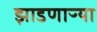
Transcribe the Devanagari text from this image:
झाडणाऱ्या